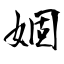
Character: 婟